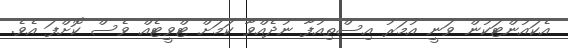
އެކައުންޓަކުން ވަނީ އުމަރު އިސްތިއުފާ ނުދެއްވާ ކަމަށް ޓްވީޓެއް ވެސް ކޮށްފަ އެވެ.